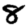
Digit: 8